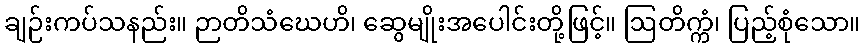
ချဉ်းကပ်သနည်း။ ဉာတိသံဃေဟိ၊ ဆွေမျိုးအပေါင်းတို့ဖြင့်။ ဩတိက္ကံ၊ ပြည့်စုံသော။